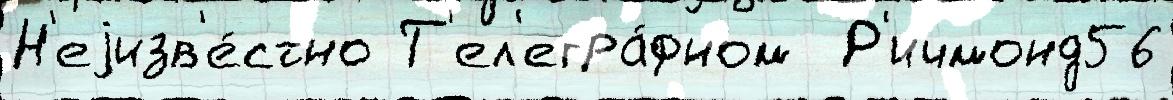
Н'еjизв'е́стно Т'ел'егра́фном  Р'ичмонд56